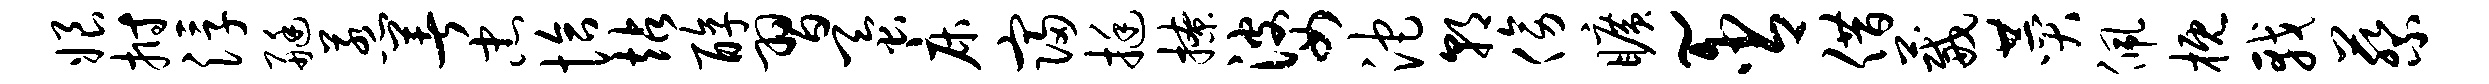
娘拊浮艇惹著忠恰站醇习蚕床寝挺撩婆沱朝傍旷~含借葳赞佩概戟蔡